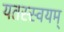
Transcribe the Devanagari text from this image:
यतस्स्वयम्